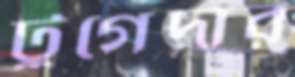
টুগেদার